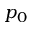
p _ { 0 }